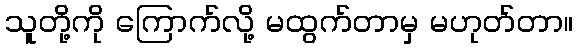
သူတို့ကို ကြောက်လို့ မထွက်တာမှ မဟုတ်တာ။